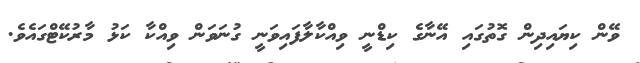
ވޭން ކިޔައިދިން ގޮތުގައި އޭނާގެ ކިޑްނީ ވިއްކާލާފައިވަނީ ގުނަވަން ވިއްކާ ކަޅު މާރުކޭޓްގައެވެ.